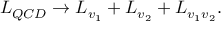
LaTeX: { \cal L } _ { Q C D } \rightarrow { \cal L } _ { v _ { 1 } } + { \cal L } _ { v _ { 2 } } + { \cal L } _ { v _ { 1 } v _ { 2 } } .